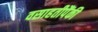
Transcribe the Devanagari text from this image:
वसाहतीपैंकी